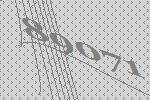
89071